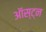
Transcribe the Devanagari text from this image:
ऑस्ट्न